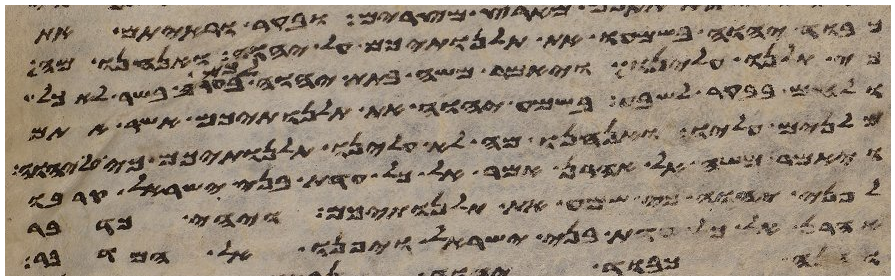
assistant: כבוד יהוה בשמעו את תלנתיכם על יהוה ואנחנו מה
כי תלנו עלינו ויאמר משה בתת יהוה לכם בערב בשר לאכל
ולחם בבקר לשבע בשמע יהוה את תלנתיכם אשר אתם
מלנים עליו ואנחנו מה לא עלינו תלנתיכם כי
ויאמר משה אל אהרן אמר אל כל עדת בני ישראל קרבו
לפני יהוה כי שמע את תלנתיכם ויהי כדבר
אהרן אל כל עדת בני ישראל ויפנו אל המדבר